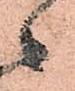
々